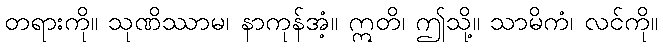
တရားကို။ သုဏိဿာမ၊ နာကုန်အံ့။ ဣတိ၊ ဤသို့။ သာမိကံ၊ လင်ကို။